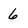
Character: 6